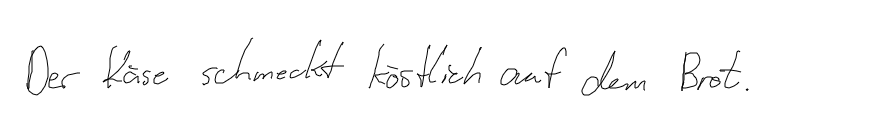
Der Käse schmeckt köstlich auf dem Brot.